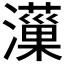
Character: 𤂋